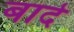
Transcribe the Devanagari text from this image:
बादे